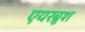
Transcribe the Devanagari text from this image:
एयरब्रुश